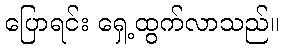
ပြောရင်း ရှေ့ထွက်လာသည်။